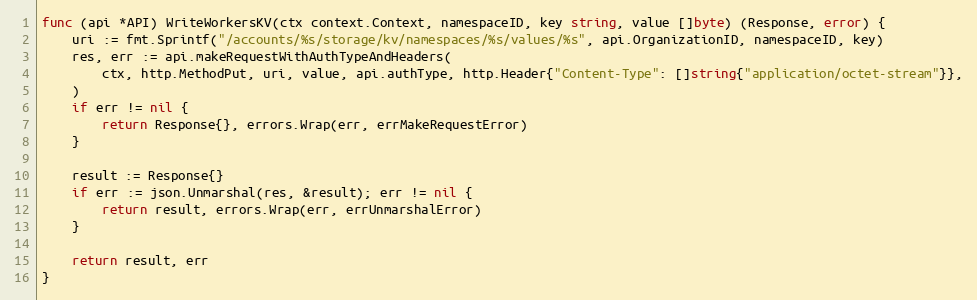
Language: Go
func (api *API) WriteWorkersKV(ctx context.Context, namespaceID, key string, value []byte) (Response, error) {
	uri := fmt.Sprintf("/accounts/%s/storage/kv/namespaces/%s/values/%s", api.OrganizationID, namespaceID, key)
	res, err := api.makeRequestWithAuthTypeAndHeaders(
		ctx, http.MethodPut, uri, value, api.authType, http.Header{"Content-Type": []string{"application/octet-stream"}},
	)
	if err != nil {
		return Response{}, errors.Wrap(err, errMakeRequestError)
	}

	result := Response{}
	if err := json.Unmarshal(res, &result); err != nil {
		return result, errors.Wrap(err, errUnmarshalError)
	}

	return result, err
}